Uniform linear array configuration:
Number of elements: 24
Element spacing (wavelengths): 0.25
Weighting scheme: cosine
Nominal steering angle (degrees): -30
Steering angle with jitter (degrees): -29.029
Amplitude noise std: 0.05
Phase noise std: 0.05

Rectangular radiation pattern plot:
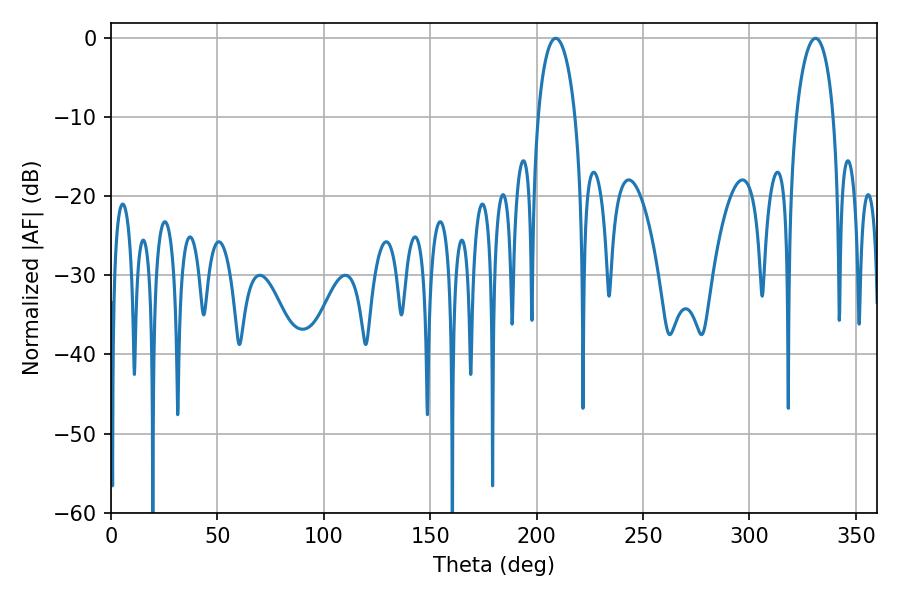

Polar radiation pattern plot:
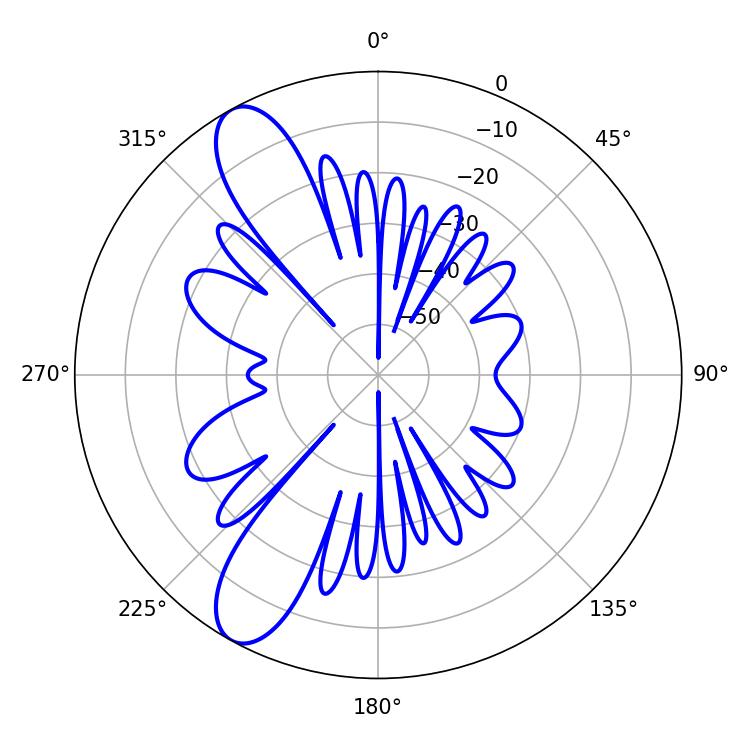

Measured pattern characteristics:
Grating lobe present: FALSE
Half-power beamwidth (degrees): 9.9
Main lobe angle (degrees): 208.98